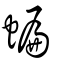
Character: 蝙